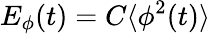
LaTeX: E_{\phi}(t)=C\langle\phi^{2}(t)\rangle